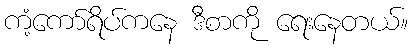
ကံ့ကော်ရိပ်ကနေ ဒီစာကို ရေးနေတယ်။